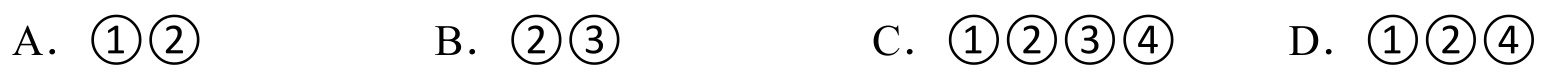
A. \(\textcircled{1}\textcircled{2}\)  B. \(\textcircled{2}\textcircled{3}\)  C. \(\textcircled{1}\textcircled{2}\textcircled{3}\textcircled{4}\)  D. \(\textcircled{1}\textcircled{2}\textcircled{4}\)